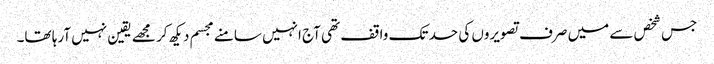
جس شخص سے میں صرف تصویروں کی حد تک واقف تھی آج انہیں سامنے مجسم دیکھ کر مجھے یقین نہیں آرہا تھا۔